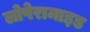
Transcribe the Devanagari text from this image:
लोपेरामाइड